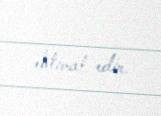
ehtimal edir.